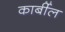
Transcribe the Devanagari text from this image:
कार्बील